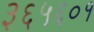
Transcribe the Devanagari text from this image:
३६५६०१